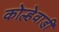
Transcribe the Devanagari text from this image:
कोल्हेवाडी